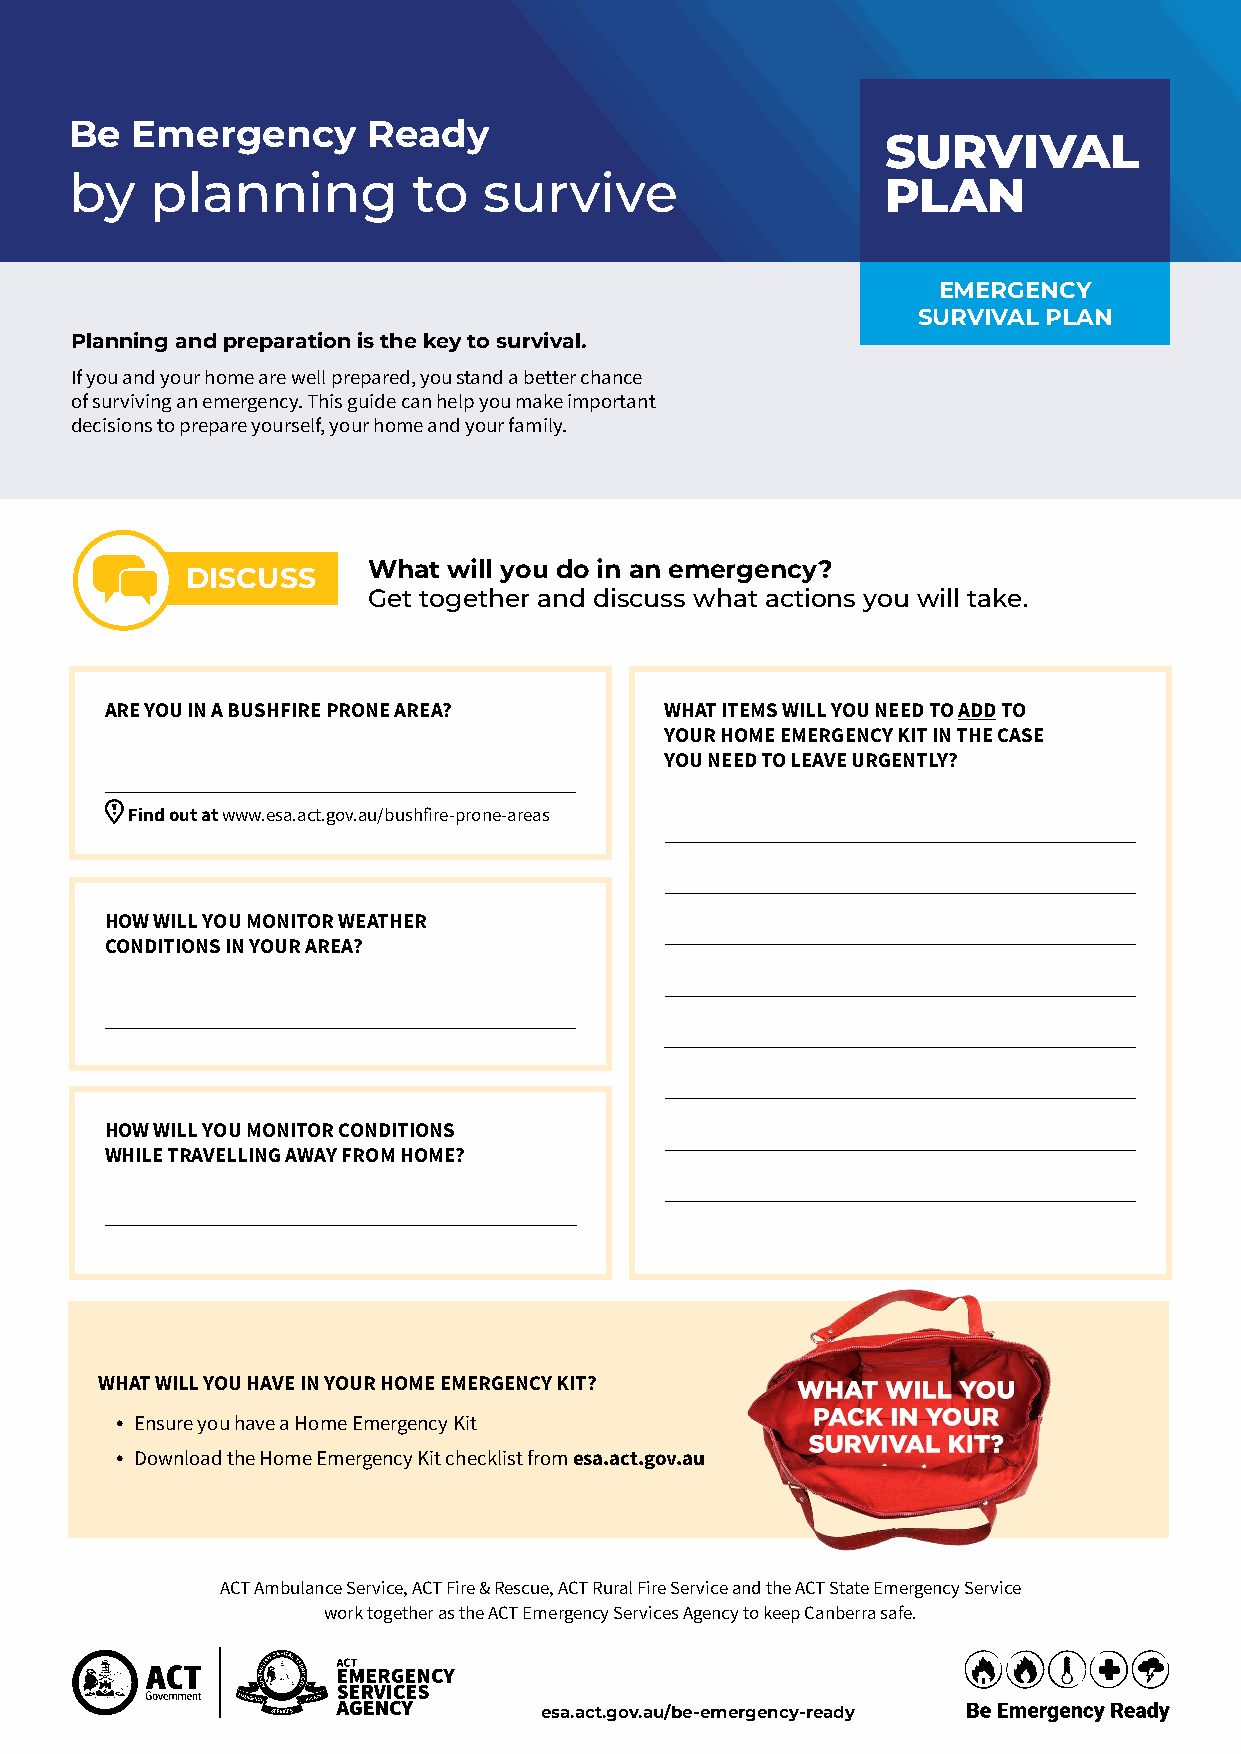
Be  Emergency      Ready
 SURVIVAL
 by   planning         to   survive                    PLAN
 EMERGENCY
 SURVIVAL PLAN
 Planning and preparation is the key to survival.
 If you and your home are well prepared, you stand a better chance
 of surviving an emergency. This guide can help you make important
 decisions to prepare yourself, your home and your family.
 What  will you do in an emergency?
 DISCUSS
 Get together and discuss what actions you will take.
 ARE YOU IN A BUSHFIRE PRONE AREA?    WHAT ITEMS WILL YOU NEED TO ADD TO
 YOUR HOME EMERGENCY KIT IN THE CASE
 YOU NEED TO LEAVE URGENTLY?
 ҿ
 Find out at www.esa.act.gov.au/bushfire-prone-areas
 HOW WILL YOU MONITOR WEATHER
 CONDITIONS IN YOUR AREA?
 HOW WILL YOU MONITOR CONDITIONS
 WHILE TRAVELLING AWAY FROM HOME?
 WHAT WILL YOU HAVE IN YOUR HOME EMERGENCY KIT?
 • Ensure you have a Home Emergency Kit
 • Download the Home Emergency Kit checklist from esa.act.gov.au
 ACT Ambulance Service, ACT Fire & Rescue, ACT Rural Fire Service and the ACT State Emergency Service
 work together as the ACT Emergency Services Agency to keep Canberra safe.
 esa.act.gov.au/be-emergency-ready